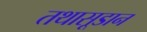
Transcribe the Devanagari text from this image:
तथासूडान